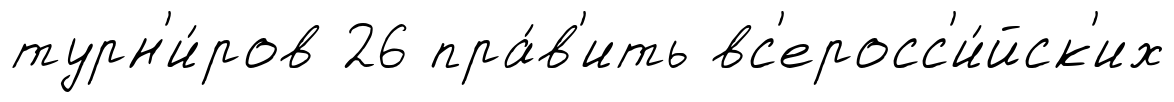
турн'и́ров 26 пра́в'ить вс'еросс'и́йск'их